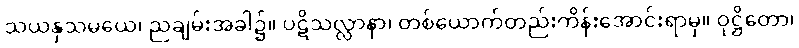
သယနှသမယေ၊ ညချမ်းအခါ၌။ ပဋိသလ္လာနာ၊ တစ်ယောက်တည်းကိန်းအောင်းရာမှ။ ဝုဋ္ဌိတော၊